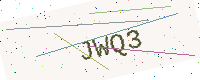
Text: JWQ3